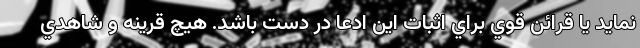
نمايد يا قرائن قوي براي اثبات اين ادعا در دست باشد. هيچ قرينه و شاهدي